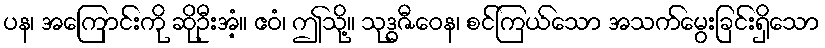
ပန၊ အကြောင်းကို ဆိုဦးအံ့။ ဧဝံ၊ ဤသို့။ သုဒ္ဓဇီဝေန၊ စင်ကြယ်သော အသက်မွေးခြင်းရှိသော